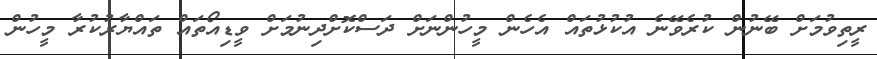
ރީތިވުމަށް ބޭނުން ކުރެވޭނެ އުކުޅުތައް އެހެން މީހުންނަށް ދަސްކޮށްދިނުމަށް ވީޑިއޯތައް ތައްޔާރުކުރާ މީހުން